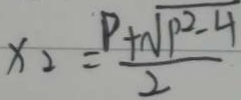
x _ { 2 } = \frac { P + \sqrt { P ^ { 2 } - 4 } } { 2 }